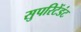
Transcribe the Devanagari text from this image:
सुपरिटेंडंट